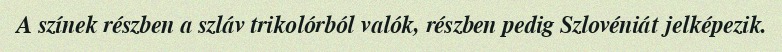
A színek részben a szláv trikolórból valók, részben pedig Szlovéniát jelképezik.